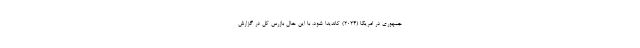
جمهوری در امریکا (2024) کاندیدا شود. با این حال بازرس کل در گزارش